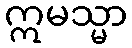
ဣမသ္မာ